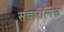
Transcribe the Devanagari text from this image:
संचारात्मक